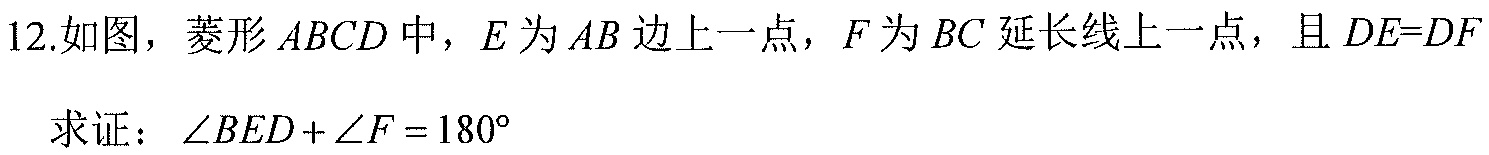
12.如图，菱形\(ABCD\)中，\(E\)为\(AB\)边上一点，\(F\)为\(BC\)延长线上一点，且\(DE = DF\)
求证：\(\angle BED+\angle F = 180^{\circ}\)